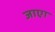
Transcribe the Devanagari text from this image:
जाएा